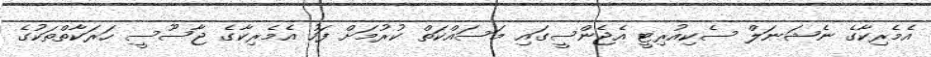
އެމެރިކާގެ ނެޝަނަލް ސެކިއުރިޓީ އެޖެންސީގައި މަސައްކަތް ކުރުމަށް ފަހު އެމެރިކާގެ ޖާސޫސީ ހަރަކާތްތަކުގެ